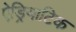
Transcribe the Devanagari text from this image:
ऐड्रियाटिक